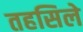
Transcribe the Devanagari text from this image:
तहसिले